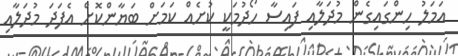
އަމަލު ހިންގައިގެން މުދަލާއި ފައިސާ ހޯދުމަކީ ކުށެއް ކަމަށް ބަޔާންކޮށް އެފަދަ މުދަލާއި